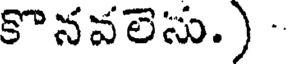
కొనవలెసు.) -